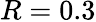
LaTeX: R=0.3